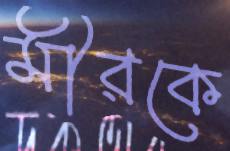
মীরকে